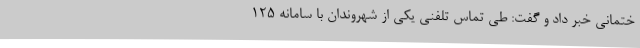
ختمانی خبر داد و گفت: طی تماس تلفنی یکی از شهروندان با سامانه 125